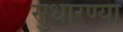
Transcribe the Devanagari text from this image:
सुधारण्या